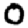
Digit: 0